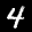
Label: 4